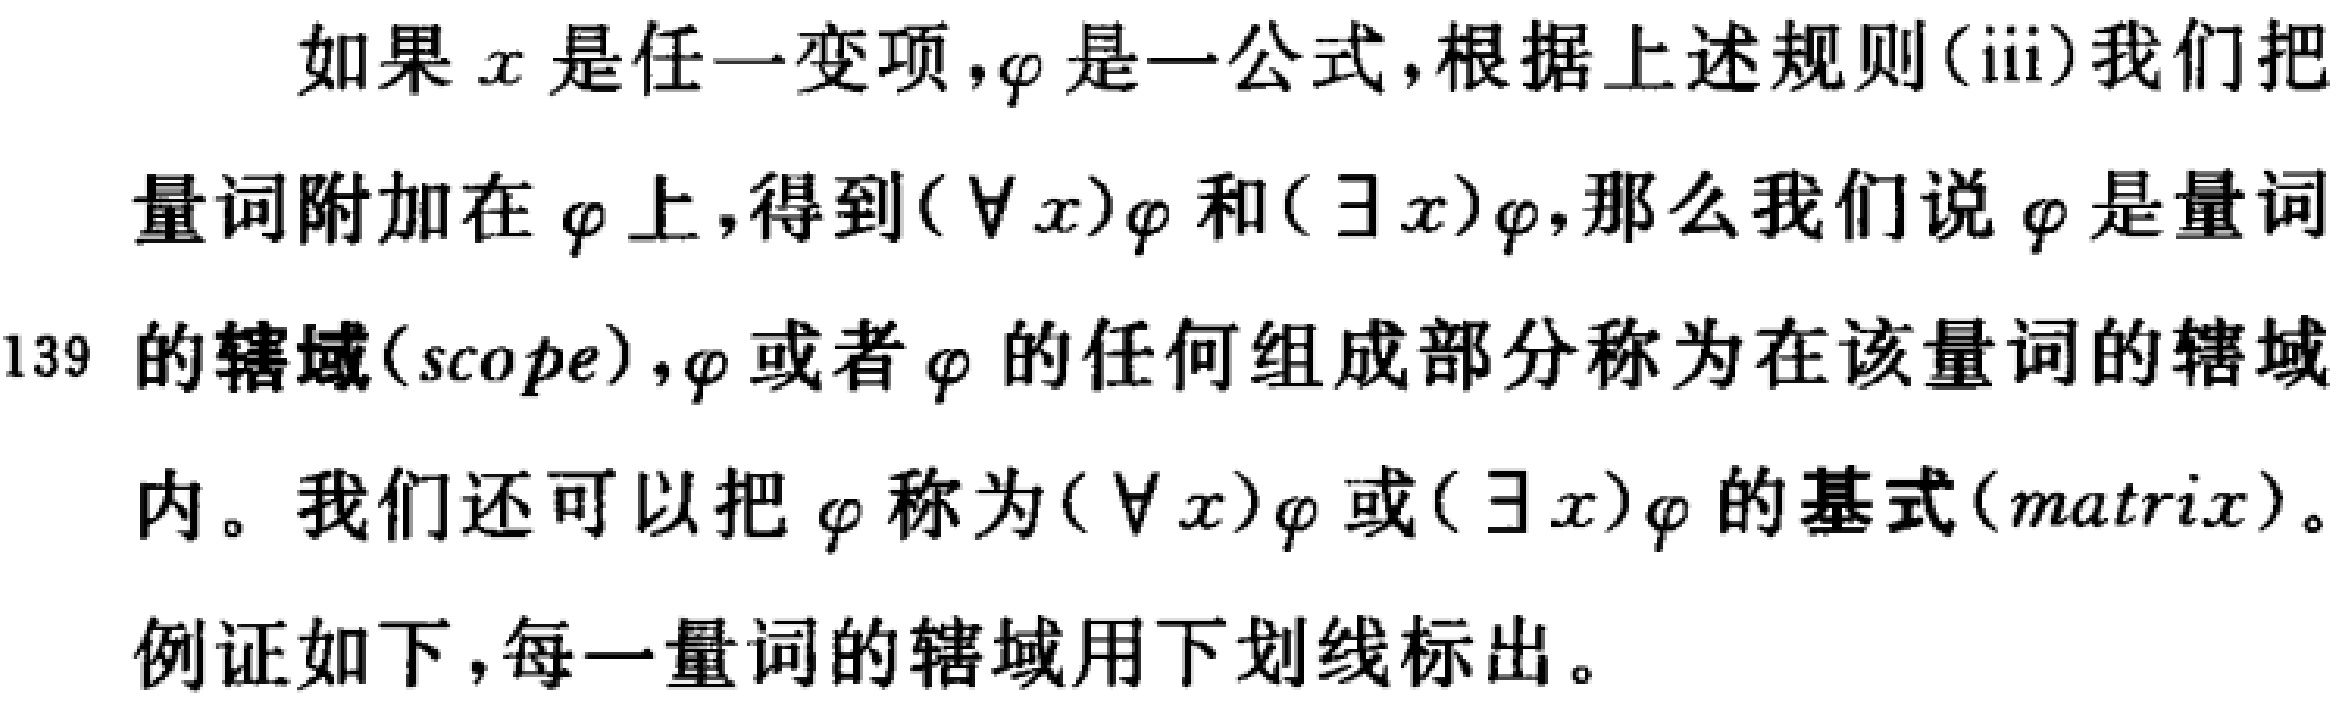
如果\(x\)是任一变项，\(\varphi\)是一公式，根据上述规则(iii)我们把量词附加在\(\varphi\)上，得到\((\forall x)\varphi\)和\((\exists x)\varphi\)，那么我们说\(\varphi\)是量词的辖域(scope)，\(\varphi\)或者\(\varphi\)的任何组成部分称为在该量词的辖域内。我们还可以把\(\varphi\)称为\((\forall x)\varphi\)或\((\exists x)\varphi\)的基式(matrix)。例证如下，每一量词的辖域用下划线标出。